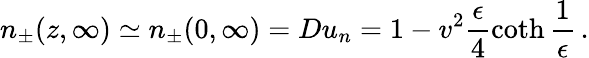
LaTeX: n_{\pm}(z,\infty)\simeq n_{\pm}(0,\infty)=Du_{n}=1-v^{2}\frac{\epsilon}{4}\coth\frac{1}{\epsilon}\, .